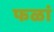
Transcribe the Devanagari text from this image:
फळां